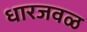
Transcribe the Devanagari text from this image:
धारजवळ